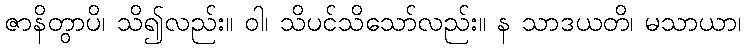
ဇာနိတွာပိ၊ သိ၍လည်း။ ဝါ၊ သိပင်သိသော်လည်း။ န သာဒယတိ၊ မသာယာ၊